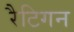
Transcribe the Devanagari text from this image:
रैटिगन